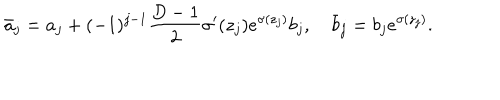
\bar { a } _ { j } = a _ { j } + ( - 1 ) ^ { j - 1 } \frac { D - 1 } { 2 } \sigma ^ { \prime } ( z _ { j } ) e ^ { \sigma ( z _ { j } ) } b _ { j } , \quad \bar { b } _ { j } = b _ { j } e ^ { \sigma ( z _ { j } ) } .